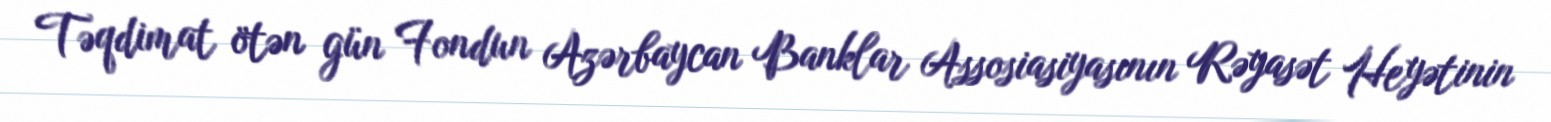
Təqdimat ötən gün Fondun Azərbaycan Banklar Assosiasiyasının Rəyasət Heyətinin